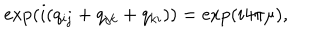
\exp ( i ( q _ { i j } + q _ { j k } + q _ { k i } ) ) = \exp ( i 4 \pi \mu ) ,